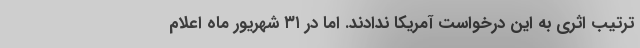
ترتیب اثری به این درخواست آمریکا ندادند. اما در ۳۱ شهریور ماه اعلام